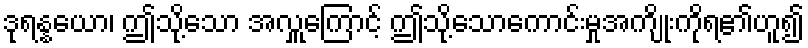
ဒုရန္နယော၊ ဤသို့သော အလှူကြောင့် ဤသို့သောကောင်းမှုအကျိုးကိုရ၏ဟူ၍